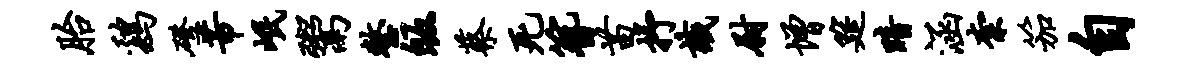
胎鸡磴芾岷鬻整皈蔡死簪苗抒识尉增筵暗涵柰笳自